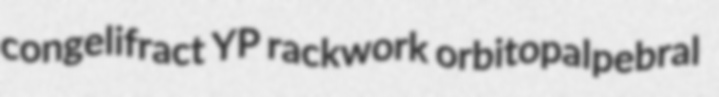
congelifract YP rackwork orbitopalpebral